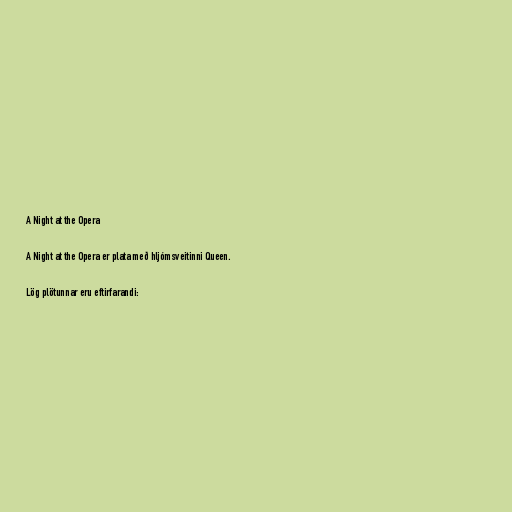
A Night at the Opera

A Night at the Opera er plata með hljómsveitinni Queen.

Lög plötunnar eru eftirfarandi: